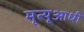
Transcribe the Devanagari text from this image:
मृत्यूआधी